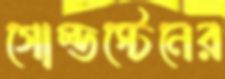
গোল্ডস্টেনের